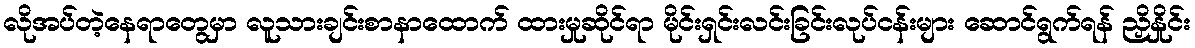
လိုအပ်တဲ့နေရာတွေမှာ လူသားချင်းစာနာထောက် ထားမှုဆိုင်ရာ မိုင်းရှင်းလင်းခြင်းလုပ်ငန်းများ ဆောင်ရွက်ရန် ညှိနှိုင်း